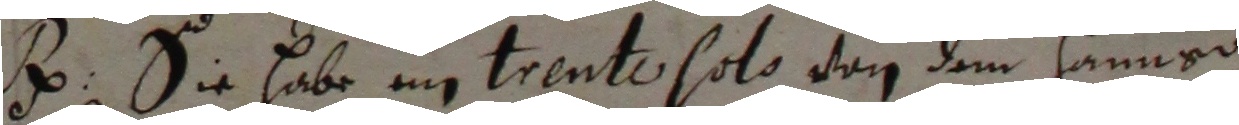
. Sie habe iin trento solo von dem Hanner